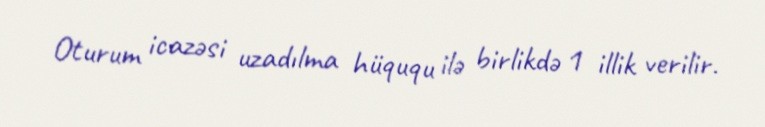
Oturum icazəsi uzadılma hüququ ilə birlikdə 1 illik verilir.